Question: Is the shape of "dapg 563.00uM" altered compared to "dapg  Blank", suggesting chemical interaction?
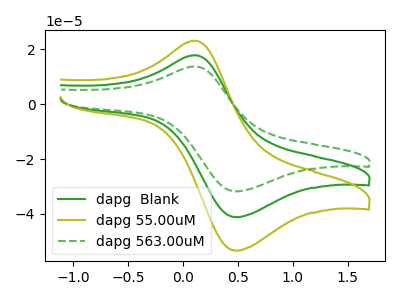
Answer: <think>The green curve "dapg  Blank" has an anodic peak at (0.10V, 17.85uA) and a cathodic peak at (0.45V, -41.15uA). The olive curve "dapg 55.00uM" has an anodic peak at (0.10V, 35.70uA) and a cathodic peak at (0.45V, -82.30uA). The green dashed curve "dapg 563.00uM" has an anodic peak at (0.10V, 13.80uA) and a cathodic peak at (0.45V, -31.75uA).
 All the peaks in "dapg 563.00uM" have a peak in "dapg  Blank" at the same potential. Every peak in "dapg 563.00uM" is lower than every peak in "dapg  Blank".</think>
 <answer>No, "dapg 563.00uM" and "dapg  Blank" don't appear to be significantly different in shape</answer>
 <eval>no_change</eval>